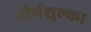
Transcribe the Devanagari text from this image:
वीर्यशुल्का